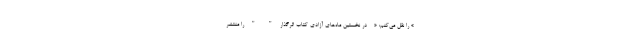
» را نقل می‌کنم: « - در نخستین ماه‌های آزادی کتاب اثرگذار " " را منتشر